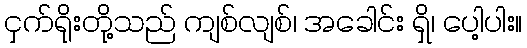
ငှက်ရိုးတို့သည် ကျစ်လျစ်၊ အခေါင်း ရှိ၊ ပေါ့ပါး။